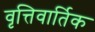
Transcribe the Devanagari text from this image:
वृत्तिवार्तिक